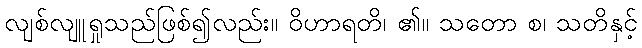
လျစ်လျူရှုသည်ဖြစ်၍လည်း။ ဝိဟာရတိ၊ ၏။ သတော စ၊ သတိနှင့်